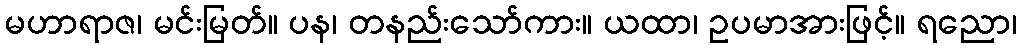
မဟာရာဇ၊ မင်းမြတ်။ ပန၊ တနည်းသော်ကား။ ယထာ၊ ဥပမာအားဖြင့်။ ရညော၊